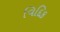
વિદિક